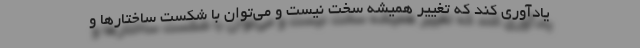
یادآوری کند که تغییر همیشه سخت نیست و می‌توان با شکست ساختارها و